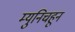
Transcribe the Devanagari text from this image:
म्युनिचहून